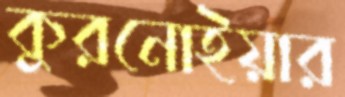
কুরনোইয়ার